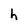
Character: h